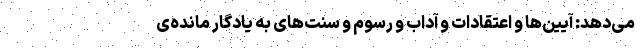
می‌دهد:‌ آیین‌ها و اعتقادات و آداب و رسوم و سنت‌های به یادگار مانده‌ی